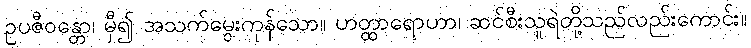
ဥပဇီဝန္တော၊ မှီ၍ အသက်မွေးကုန်သော။ ဟတ္ထာရောဟာ၊ ဆင်စီးသူရဲတို့သည်လည်းကောင်း။